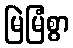
မြဲမြံစွာ